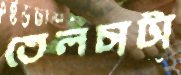
তেলচাটা